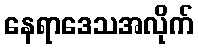
နေရာဒေသအလိုက်